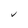
Character: V